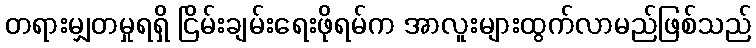
တရားမျှတမှုရရှိ ငြိမ်းချမ်းရေးဖိုရမ်က အာလူးများထွက်လာမည်ဖြစ်သည်